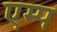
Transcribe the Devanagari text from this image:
एम्प